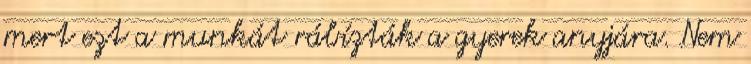
mert ezt a munkát rábízták a gyerek anyjára. Nem